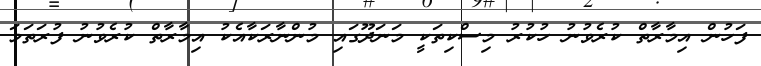
ފަހުން އިމާރާތް ކުރެވުނު ހުކުރު މިސްކިތަކީ މަނަދޫގައި މުންނާރަކާއެކު އިމާރާތް ކުރެވުނު ފުރަތަމަ